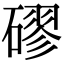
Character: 磟